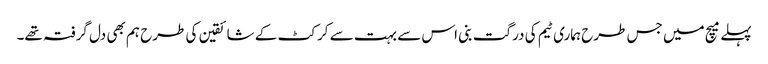
پہلے میچ میں جس طرح ہماری ٹیم کی درگت بنی اس سے بہت سے کرکٹ کے شائقین کی طرح ہم بھی دل گرفتہ تھے۔